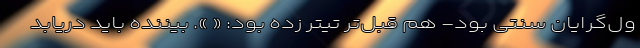
ول‌گرایان سنتی بود- هم قبل‌تر تیتر زده بود: « ». بیننده باید دریابد